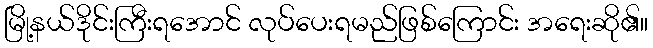
မြို့နယ်ဒိုင်းကြီးရအောင် လုပ်ပေးရမည်ဖြစ်ကြောင်း အရေးဆို၏။